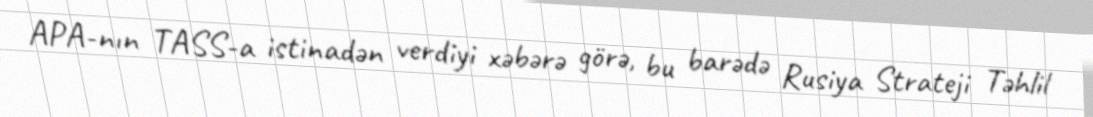
APA-nın TASS-a istinadən verdiyi xəbərə görə, bu barədə Rusiya Strateji Təhlil